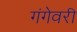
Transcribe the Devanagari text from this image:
गंगेवरी